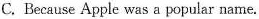
C. Because Apple was a popular name.